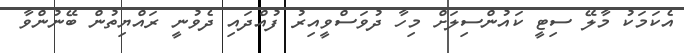
އެކަމަކު މާލޭ ސިޓީ ކައުންސިލަށް މިހާ ދުވަސްވީއިރު ފުއްދައި ދެވުނީ ރައްޔިތުން ބޭނުންވާ